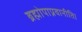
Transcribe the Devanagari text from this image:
ब्रह्मोपाप्नवानीति।